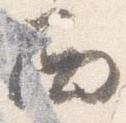
西